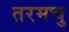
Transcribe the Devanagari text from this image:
तरमचु